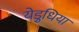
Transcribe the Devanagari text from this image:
येड़ुधिया